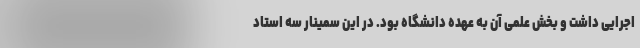
اجرایی داشت و بخش علمی آن به عهده دانشگاه بود. در این سمینار سه استاد